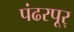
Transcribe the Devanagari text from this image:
पंढरपूर्